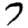
Digit: 7